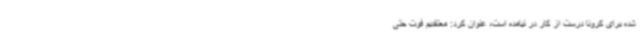
شده برای کرونا درست از کار در نیامده است، عنوان کرد: معتقدیم فوت حتی